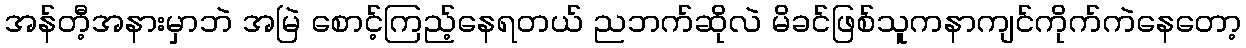
အန်တီ့အနားမှာဘဲ အမြဲ စောင့်ကြည့်နေရတယ် ညဘက်ဆိုလဲ မိခင်ဖြစ်သူကနာကျင်ကိုက်ကဲနေတော့